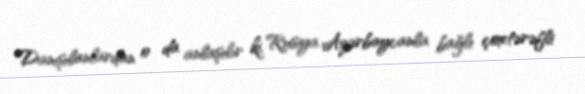
Danışılanlardan o da anlaşılır ki, Rusiya Azərbaycanla bağlı çoxtərəfli